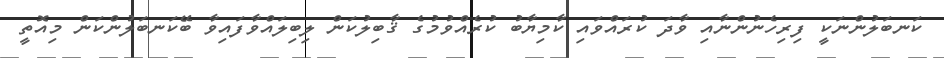
ކަނބަލުންނަކީ ފިރިހެނުންނާއި ވާދަ ކުރައްވައި ކާމިޔާބު ކުރެއްވުމުގެ ޤާބިލުކަން ލިބިލައްވާފައިވާ ބޭކަނބަލުންކަން މިއޮތީ